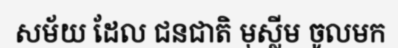
សម័យ ដែល ជនជាតិ មុស្លីម ចូលមក